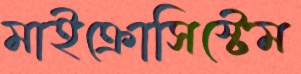
মাইক্রোসিস্টেম